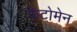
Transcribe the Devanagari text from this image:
फैंटोमेन